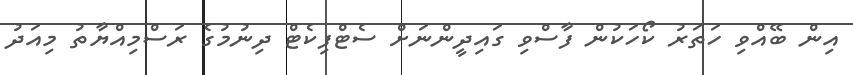
އިން ބޭއްވި ހަތަރު ކޯހަކުން ފާސްވި ގައިދީންނަށް ސެޓްފިކެޓް ދިނުމުގެ ރަސްމިއްޔާތު މިއަދު